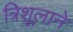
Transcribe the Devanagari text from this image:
त्रिशूलाने